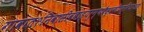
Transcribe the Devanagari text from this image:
गावात१निवासीवबाह्यरुग्णवैद्यकीयसुविधाआहे